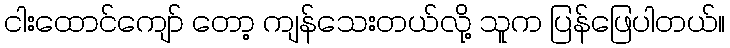
ငါးထောင်ကျော် တော့ ကျန်သေးတယ်လို့ သူက ပြန်ဖြေပါတယ်။